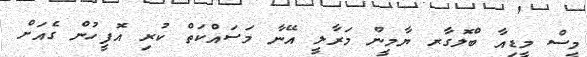
މީސް މީޑިއާ ބްލޮގާރ ޔާމީން މަރާލީ އޭނާ މަސައްކަތް ކުރި އޮފީހުން ގެއަށް